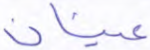
عينان